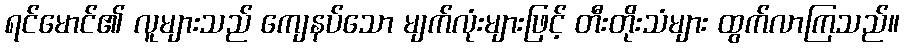
ရင်မောင်၏ လူများသည် ကျေနပ်သော မျက်လုံးများဖြင့် တီးတိုးသံများ ထွက်လာကြသည်။